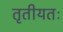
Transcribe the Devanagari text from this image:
तृतीयतः